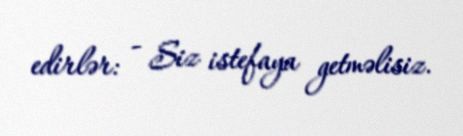
edirlər: - Siz istefaya getməlisiz.